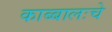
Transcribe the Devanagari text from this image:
काब्बालःचे